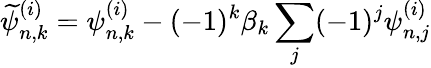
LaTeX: \displaystyle\widetilde{\psi}_{n,k}^{(i)}=\psi_{n,k}^{(i)}-(-1)^{k}\beta_{k}\sum_{j}(-1)^{j}\psi_{n,j}^{(i)}